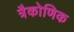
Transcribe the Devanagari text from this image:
त्रैकोणिक